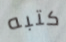
كتبه